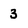
Character: 3